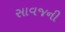
સાવજની